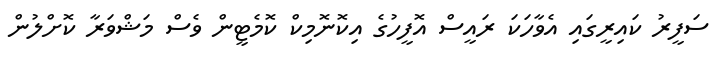
ސަފީރު ކައިރީގައި އެވާހަކަ ރައީސް އޮފީހުގެ އިކޮނޮމިކް ކޮމެޓީން ވެސް މަޝްވަރާ ކޮށްލުން